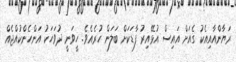
ރަޔާންއާއިއެކު ގެއަށް އައިސް އުޅޭއިރު ފާޑަކަށް ބަލަން ހުރެއެވެ. ހީވަނީ ދުވަހަކު އަންހެންކުއްޖެއް